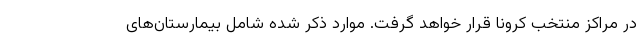
در مراکز منتخب کرونا قرار خواهد گرفت. موارد ذکر شده شامل بیمارستان‌های